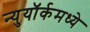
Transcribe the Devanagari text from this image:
न्युयॉर्कमध्ये